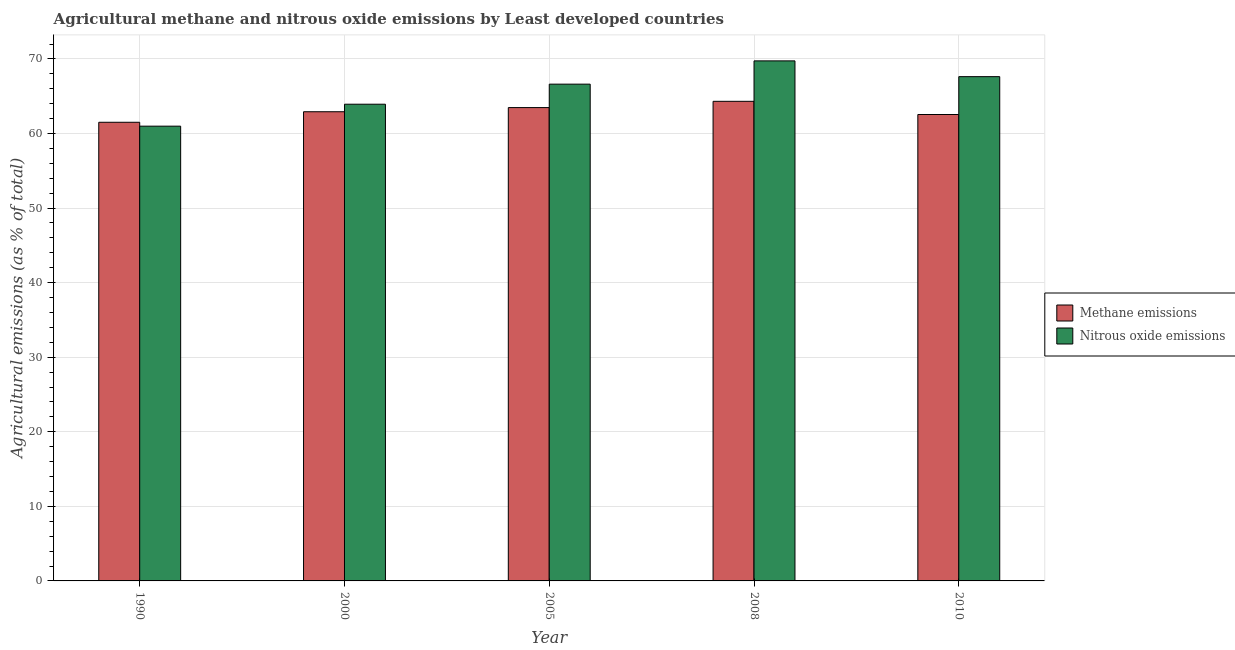
| Year | Methane emissions | Nitrous oxide emissions |
 | --- | --- | --- |
 | 1990 | 61.5 | 61 |
 | 2000 | 62.9 | 63.9 |
 | 2005 | 63.5 | 66.6 |
 | 2008 | 64.3 | 69.7 |
 | 2010 | 62.5 | 67.6 |